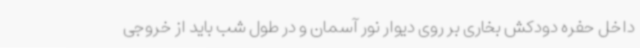
داخل حفره دودکش بخاری بر روی دیوار نور آسمان و در طول شب باید از خروجی